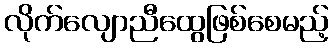
လိုက်လျောညီထွေဖြစ်စေမည့်